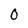
Character: 0